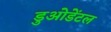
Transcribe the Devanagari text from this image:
डुओडेंटल